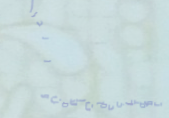
توفير خدمات الأمن والحراس